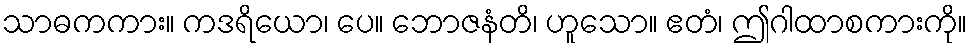
သာဓကကား။ ကဒရိယော၊ ပေ။ ဘောဇနံတိ၊ ဟူသော။ ဧတံ၊ ဤဂါထာစကားကို။